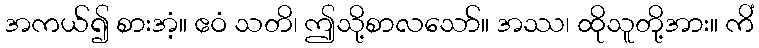
အကယ်၍ စားအံ့။ ဧဝံ သတိ၊ ဤသို့စာလသော်။ အဿ၊ ထိုသူတို့အား။ ကိံ